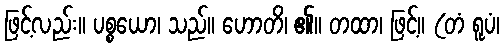
ဖြင့်လည်း။ ပစ္စယော၊ သည်။ ဟောတိ၊ ၏။ တထာ၊ ဖြင့်။ (တံ ရူပံ၊